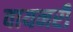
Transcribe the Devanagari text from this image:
वायनरी